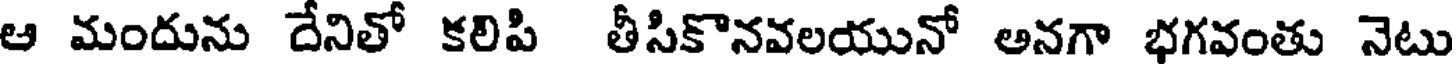
ఆ మందును దేనితో కలిపి తీసికొనవలయునో అనగా భగవంతు నెటు